Indian journal of veterinary science and animal husbandry - Volume 10,
Year: 1940
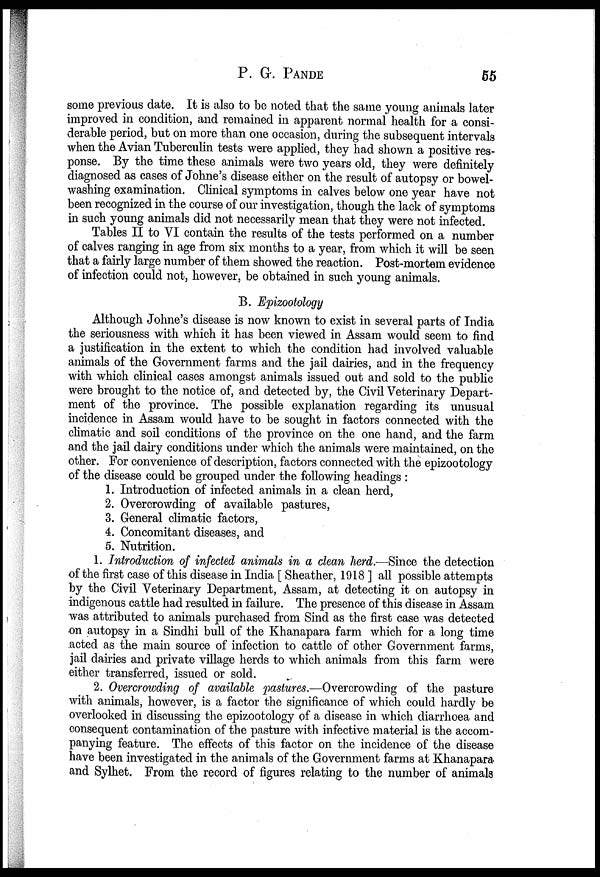
P. G.
PANDE
55
some previous date. It is also to be noted that the same young animals later
improved in condition, and remained in apparent normal health for a consi-
derable period, but on more than one occasion, during the subsequent intervals
when the Avian Tuberculin tests were applied, they had shown a positive res-
ponse. By the time these animals were two years old, they were definitely
diagnosed as cases of Johne's disease either on the result of autopsy or bowel-
washing examination. Clinical symptoms in calves below one year have not
been recognized in the course of our investigation, though the lack of symptoms
in such young animals did not necessarily mean that they were not infected.
Tables II to VI contain the results of the tests performed on a number
of calves ranging in age from six months to a year, from which it will be seen
that a fairly large number of them showed the reaction. Post-mortem evidence
of infection could not, however, be obtained in such young animals.
B. Epizootology
Although Johne's disease is now known to exist in several parts of India
the seriousness with which it has been viewed in Assam would seem to find
a justification in the extent to which the condition had involved valuable
animals of the Government farms and the jail dairies, and in the frequency
with which clinical cases amongst animals issued out and sold to the public
were brought to the notice of, and detected by, the Civil Veterinary Depart-
ment of the province. The possible explanation regarding its unusual
incidence in Assam would have to be sought in factors connected with the
climatic and soil conditions of the province on the one hand, and the farm
and the jail dairy conditions under which the animals were maintained, on the
other. For convenience of description, factors connected with the epizootology
of the disease could be grouped under the following headings :
1. Introduction of infected animals in a clean herd,
2. Overcrowding of available pastures,
3. General climatic factors,
4. Concomitant diseases, and
5. Nutrition.
1. Introduction of infected animals in a clean herd.—Since the detection
of the first case of this disease in India, [ Sheather, 1918 ] all possible attempts
by the Civil Veterinary Department, Assam, at detecting it on autopsy in
indigenous cattle had resulted in failure. The presence of this disease in Assam
was attributed to animals purchased from Sind as the first case was detected
on autopsy in a Sindhi bull of the Khanapara farm which for a long time
acted as the main source of infection to cattle of other Government farms,
jail dairies and private village herds to which animals from this farm were
either transferred, issued or sold.
2. Overcrowding of available pastures.—Overcrowding of the pasture
with animals, however, is a factor the significance of which could hardly be
overlooked in discussing the epizootology of a disease in which diarrhoea and
consequent contamination of the pasture with infective material is the accom-
panying feature. The effects of this factor on the incidence of the disease
have been investigated in the animals of the Government farms at Khanapara
and Sylhet. From the record of figures relating to the number of animals